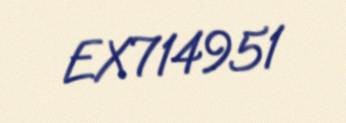
EX714951